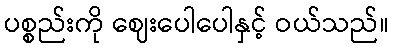
ပစ္စည်းကို ဈေးပေါပေါနှင့် ဝယ်သည်။